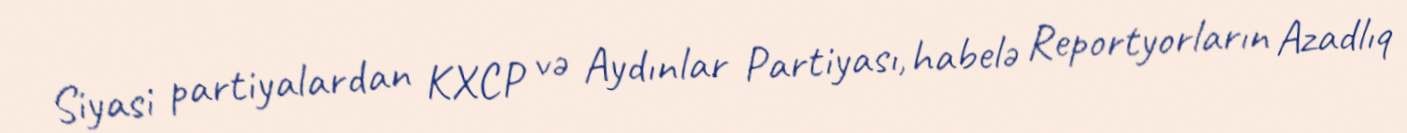
Siyasi partiyalardan KXCP və Aydınlar Partiyası, habelə Reportyorların Azadlıq